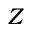
Z